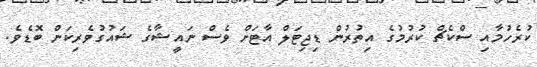
ކުރެހުމާއި ސްކެޗް ކުރުމުގެ އިތުރުން ޑިޖިޓަލް އާޓަށް ވެސް ނައީޝާގެ ޝައުގުވެރިކަން ބޮޑެވެ.